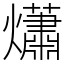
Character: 𤑳